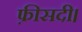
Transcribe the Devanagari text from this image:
फ़ीसदी।